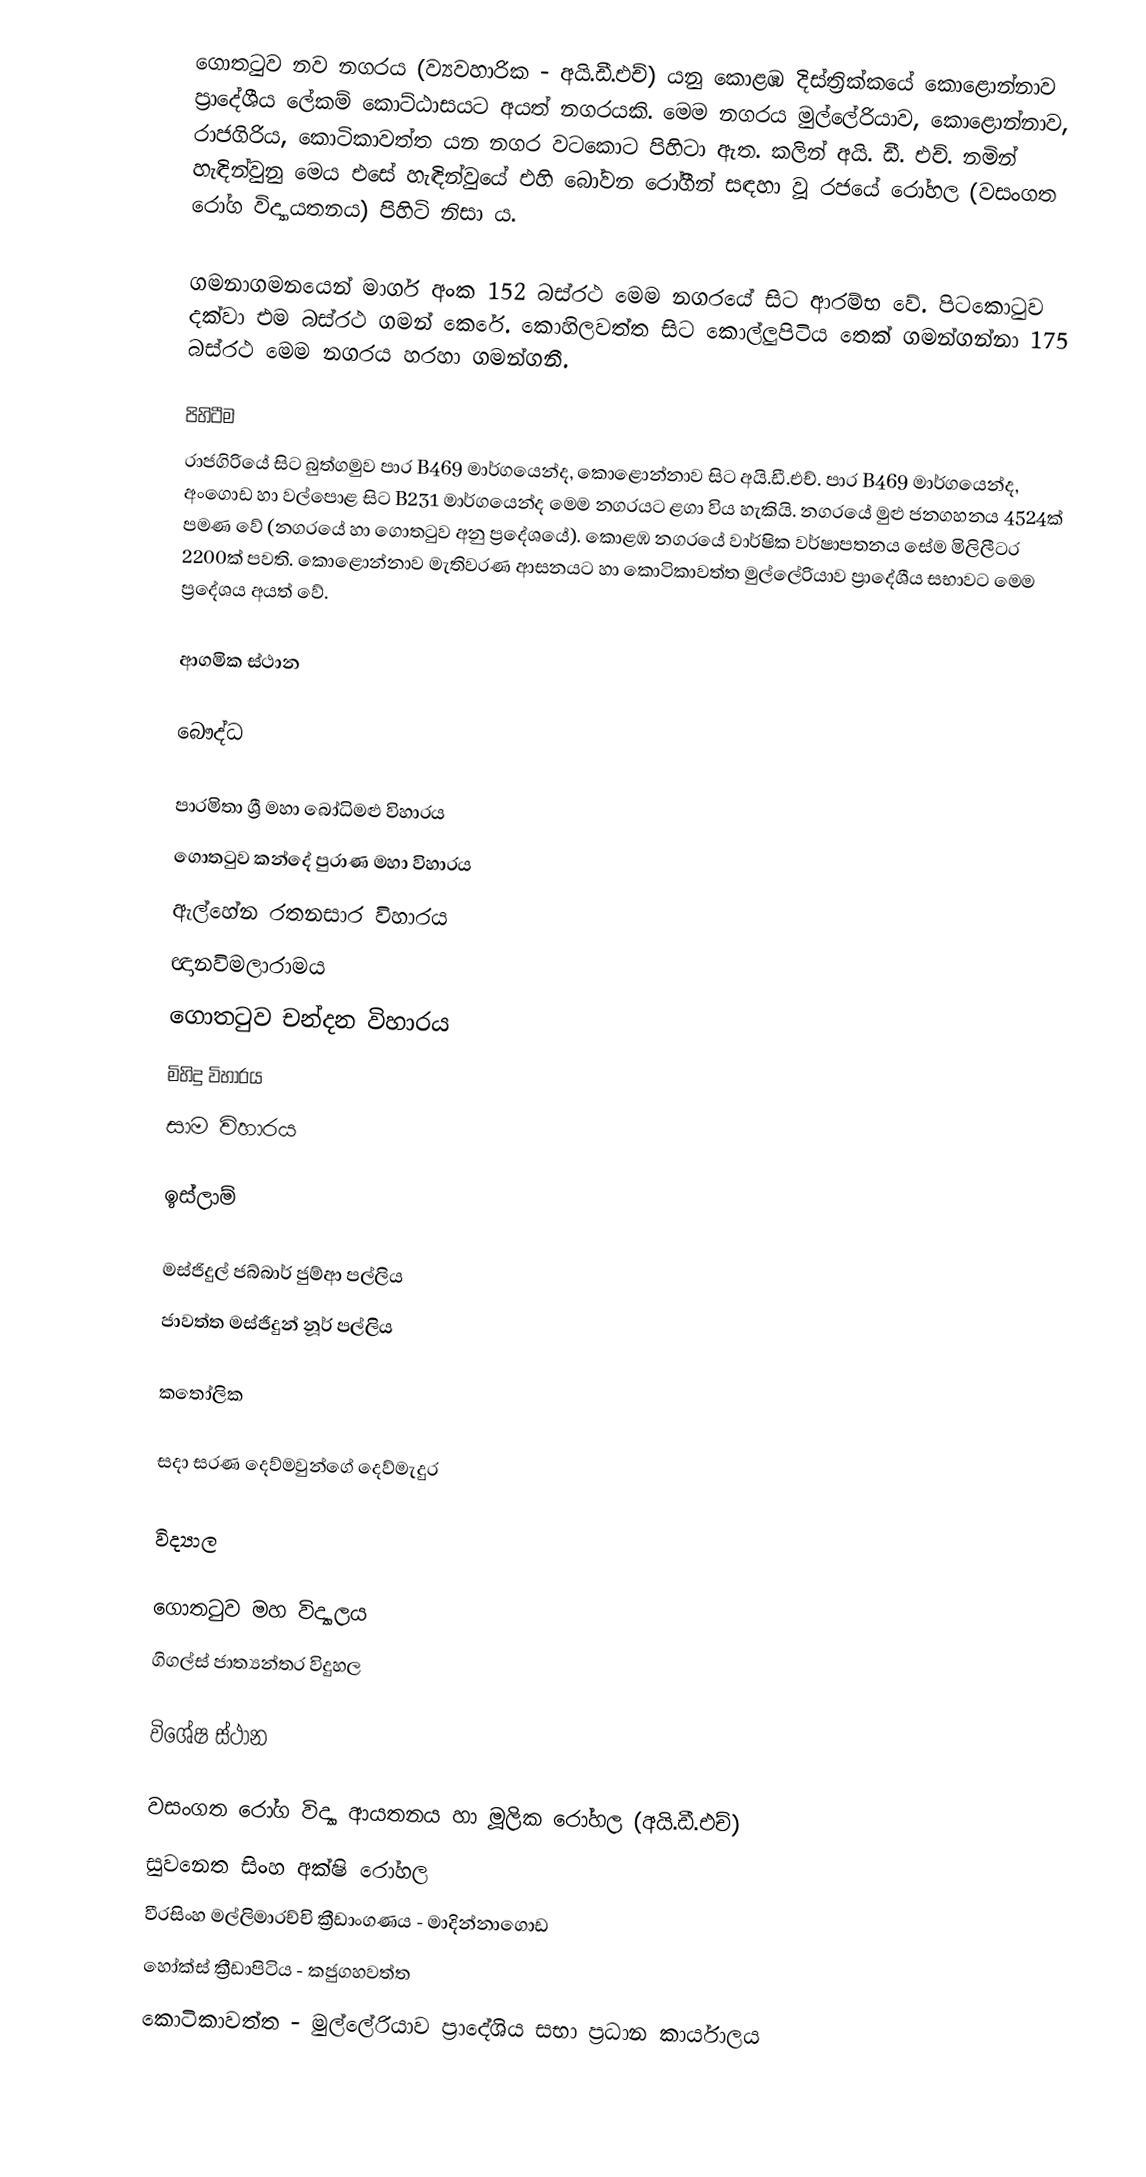
ගොතටුව නව නගරය (ව්‍යවහාරික - අයි.ඩී.එච්) යනු කොළඹ දිස්ත්‍රික්කයේ කොළොන්නාව ප්‍රාදේශීය ලේකම් කොට්ඨාසයට අයත් නගරයකි. මෙම නගරය මුල්ලේරියාව, කොළොන්නාව, රාජගිරිය, කොටිකාවත්ත යන නගර වටකොට පිහිටා ඇත. කලින් අයි. ඩී. එච්. නමින් හැඳින්වුනු මෙය එසේ හැඳින්වුයේ එහි බෝවන රෝගීන් සඳහා වූ රජයේ රෝහල (වසංගත රෝග විද්‍යායතනය) පිහිටි නිසා ය.

ගමනාගමනයෙන් මාර්ග අංක 152 බස්රථ මෙම නගරයේ සිට ආරම්භ වේ. පිටකොටුව දක්වා එම බස්රථ ගමන් කෙරේ. කොහිලවත්ත සිට කොල්ලුපිටිය තෙක් ගමන්ගන්නා 175 බස්රථ මෙම නගරය හරහා ගමන්ගනී.

පිහිටීම
රාජගිරියේ සිට බුත්ගමුව පාර B469 මාර්ගයෙන්ද, කොළොන්නාව සිට අයි.ඩී.එච්. පාර B469 මාර්ගයෙන්ද, අංගොඩ හා වල්පොළ සිට B231 මාර්ගයෙන්ද මෙම නගරයට ළගා විය හැකියි. නගරයේ මුළු ජනගහනය 4524ක් පමණ වේ (නගරයේ හා ගොතටුව අනු ප්‍රදේශයේ). කොළඹ නගරයේ වාර්ෂික වර්ෂාපතනය සේම මිලිලීටර 2200ක් පවති. කොළොන්නාව මැතිවරණ ආසනයට හා කොටිකාවත්ත මුල්ලේරියාව ප්‍රාදේශීය සභාවට මෙම ප්‍රදේශය අයත් වේ.

ආගමික ස්ථාන

බෞද්ධ

පාරමිතා ශ්‍රී මහා බෝධිමළු විහාරය
ගොතටුව කන්දේ පුරාණ මහා විහාරය
ඇල්හේන රතනසාර විහාරය
ඥානවිමලාරාමය
ගොතටුව චන්දන විහාරය
මිහිදු විහාරය
සාම විහාරය

ඉස්ලාම්

මස්ජිදුල් ජබ්බාර් ජුම්ආ පල්ලිය
ජාවත්ත මස්ජිදුන් නූර් පල්ලිය

කතෝලික

 සදා සරණ දෙව්මවුන්ගේ දෙව්මැදුර

විද්‍යාල

ගොතටුව මහ විද්‍යාලය
ගිගල්ස් ජාත්‍යන්තර විදුහල

විශේෂ ස්ථාන

වසංගත රෝග විද්‍යා ආයතනය හා මූලික රෝහල (අයි.ඩී.එච්)
සුවනෙත සිංහ අක්ෂි රෝහල
වීරසිංහ මල්ලිමාරච්චි ක්‍රීඩාංගණය - මාදින්නාගොඩ
 හෝක්ස් ක්‍රීඩාපිටිය - කජුගහවත්ත
කොටිකාවත්ත - මුල්ලේරියාව ප්‍රාදේශිය සභා ප්‍රධාන කාර්යාලය